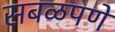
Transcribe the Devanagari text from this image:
सबळपणे